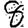
Digit: 8